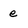
Character: e